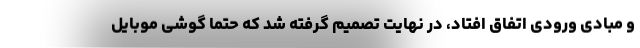
و مبادی ورودی اتفاق افتاد، در نهایت تصمیم گرفته شد که حتما گوشی موبایل